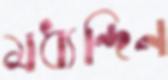
মধ্যন্দিন